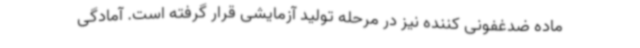
ماده ضدغفونی کننده نیز در مرحله تولید آزمایشی قرار گرفته است. آمادگی